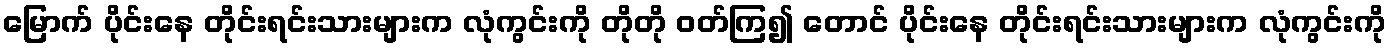
မြောက် ပိုင်းနေ တိုင်းရင်းသားများက လုံကွင်းကို တိုတို ဝတ်ကြ၍ တောင် ပိုင်းနေ တိုင်းရင်းသားများက လုံကွင်းကို